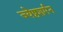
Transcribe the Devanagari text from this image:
ज्येष्ठशर्मन